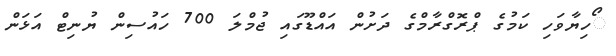
ޯހިޔާވަހި ކަމުގެ ޕްރޮގްރާމްގެ ދަށުން އައްޑޫގައި ޖުމްލަ 700 ހައުސިން ޔުނިޓް އަޅަން